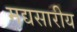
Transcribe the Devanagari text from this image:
मद्यसारीय